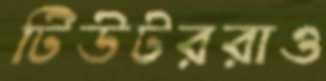
টিউটররাও